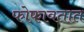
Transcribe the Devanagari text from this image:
फोफावतात